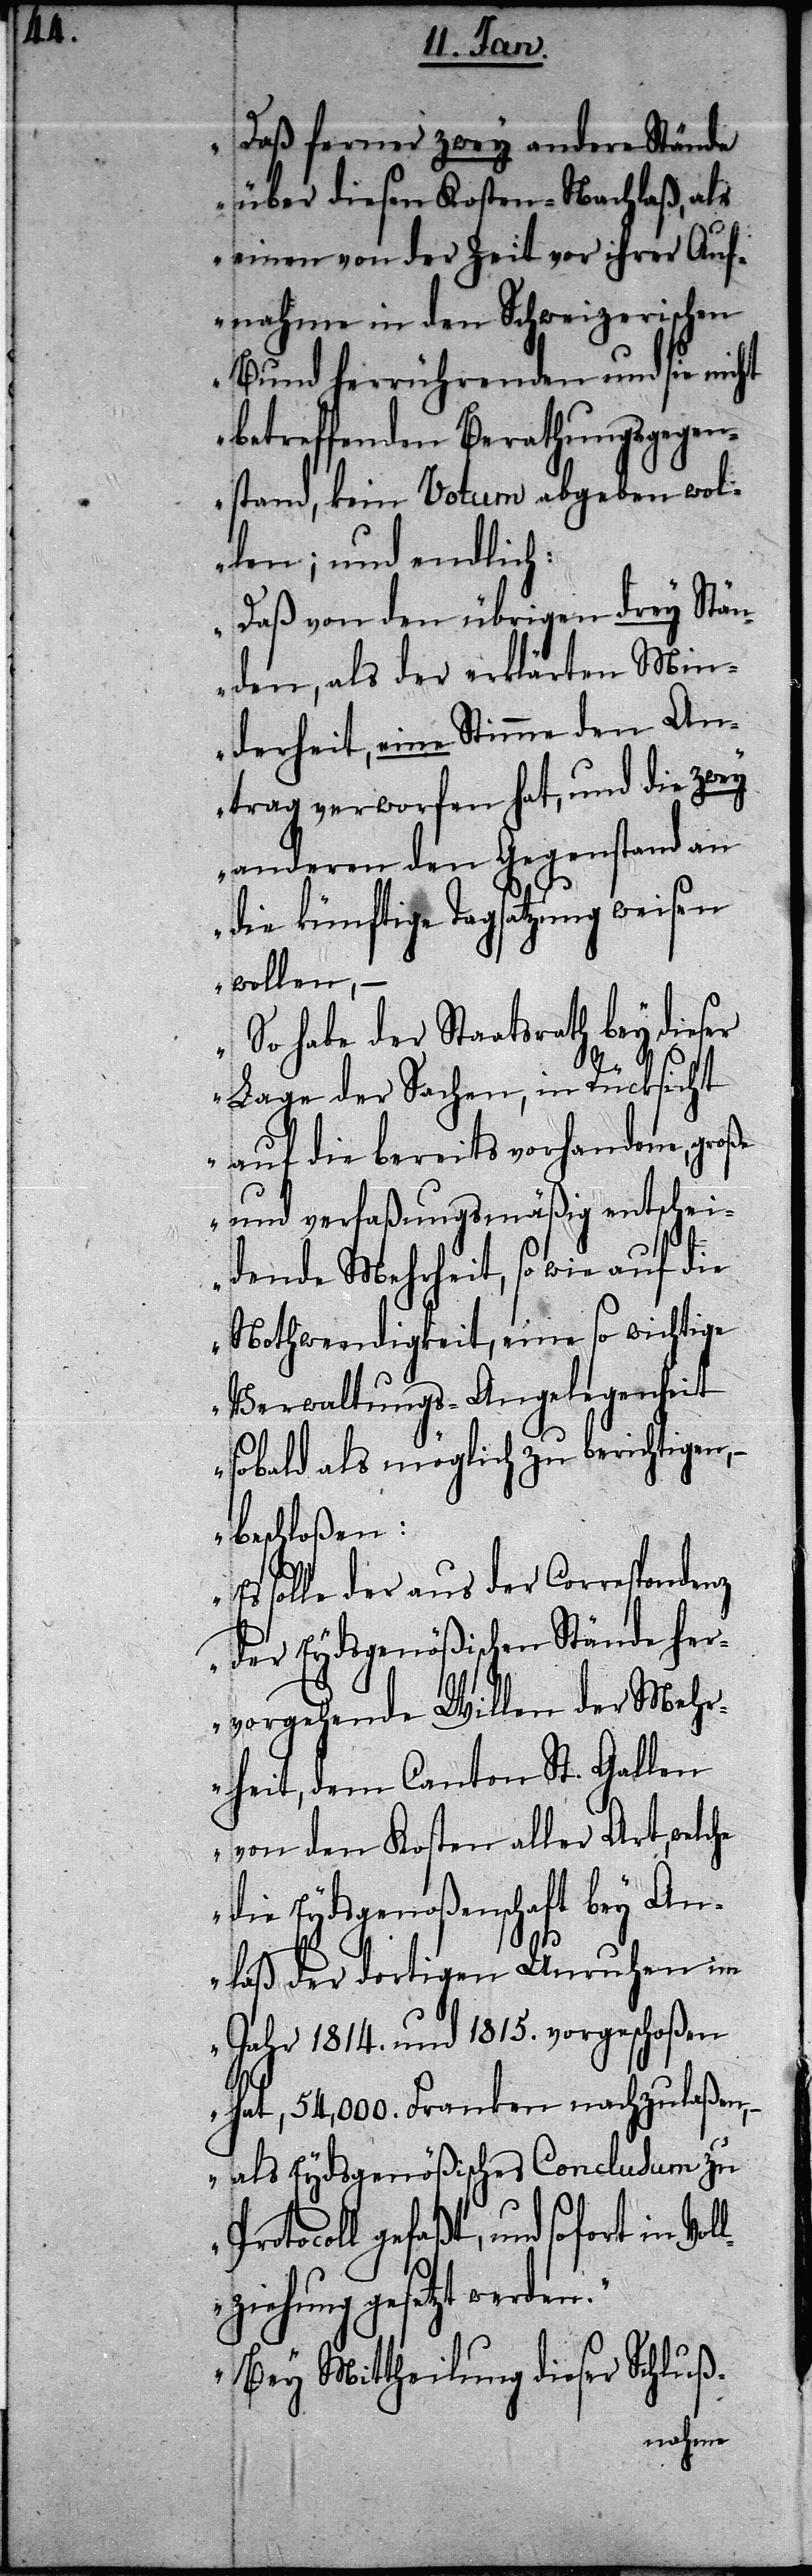
n.“

Daß ferner zwey andere Stände
über diesen Kosten-Nachlaß, als
einen von der Zeit vor ihrer Auf¬
nahme in den Schweizerischen
Bund herrührenden und sie nicht
betreffenden Berathungsgegen¬
stand, kein Votum abgeben wol¬
len; und endlich:
Daß von den übrigen drey Stän¬
den, als der erklärten Min¬
derheit, eine Stimme den An¬
trag verworfen hat, und die zwey
anderen den Gegenstand an
die künftige Tagsatzung weisen
wollen, –
So habe der Staatsrath bey dieser
Lage der Sachen, in Rücksicht
auf die bereits vorhandene, große
und verfaßungsmäßig entschei¬
dende Mehrheit, so wie auf die
Nothwendigkeit, eine so wichtige
Verwaltungs-Angelegenheit
sobald als möglich zu berichtigen, –
beschloßen:
Es solle der aus der Correspondenz
der Eydsgenößischen Stände her¬
vorgehende Willen der Mehr¬
heit, dem Canton St. Gallen
von den Kosten aller Art, welche
die Eydsgenoßenschaft bey An¬
Vol¬
laß der dortigen Unruhen im
Jahr 1814. und 1815. vorgeschoßen
hat, 54,000. Franken nachzulaßen,
– als Eydsgenößisches Conclusum zu
Protocoll gefaßt, und sofort in
lziehung gesetzt werde¬
„Bey Mittheilung dieser Schluß-